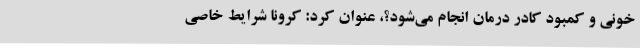
خونی و کمبود کادر درمان انجام می‌شود؟، عنوان کرد: کرونا شرایط خاصی